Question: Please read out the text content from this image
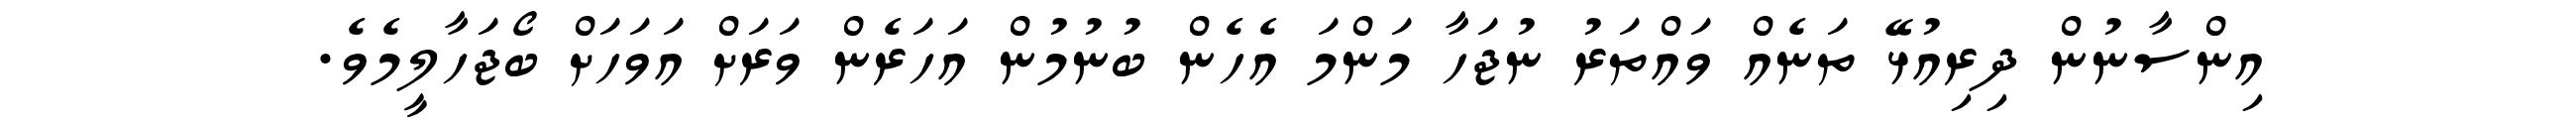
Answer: އިންސާނުން ދިރިއުޅޭ ތަނެއް ވައްތަރު ނުޖަހާ މަންމަ އެހެން ބުނުމުން އަހަރެން ވަރަށް އަވަހަށް ބޯޖަހާލީމެވެ.